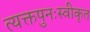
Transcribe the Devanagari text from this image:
त्यक्तपुनःस्वीकृत